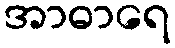
အာဓာရေ